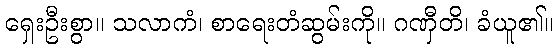
ရှေးဦးစွာ။ သလာကံ၊ စာရေးတံဆွမ်းကို။ ဂဏှီတိ၊ ခံယူ၏။